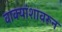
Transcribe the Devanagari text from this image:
वाक्यांशावरून